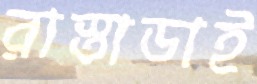
রাস্তাডাই